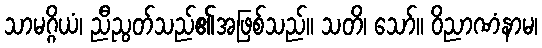
သာမဂ္ဂိယံ၊ ညီညွတ်သည်၏အဖြစ်သည်။ သတိ၊ သော်။ ဝိညာဏံနာမ၊